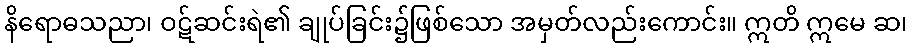
နိရောဓသညာ၊ ဝဋ်ဆင်းရဲ၏ ချုပ်ခြင်း၌ဖြစ်သော အမှတ်လည်းကောင်း။ ဣတိ ဣမေ ဆ၊